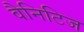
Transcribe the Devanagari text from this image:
वैनिटिज